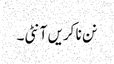
نن نا کریں آنٹی۔